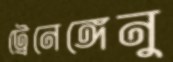
ট্রেনেঙ্গেনু